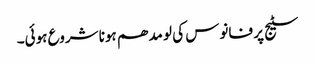
سٹیج پر فانوس کی لو مدھم ہونا شروع ہوئی۔